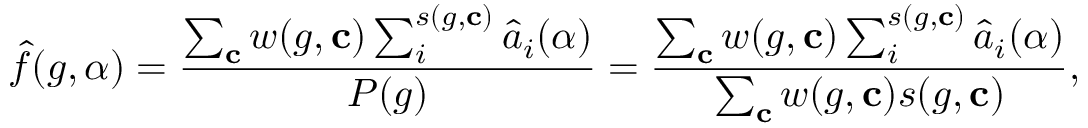
\hat { f } ( g , \alpha ) = \frac { \sum _ { \mathbf { c } } w ( g , \mathbf { c } ) \sum _ { i } ^ { s ( g , \mathbf { c } ) } \hat { a } _ { i } ( \alpha ) } { P ( g ) } = \frac { \sum _ { \mathbf { c } } w ( g , \mathbf { c } ) \sum _ { i } ^ { s ( g , \mathbf { c } ) } \hat { a } _ { i } ( \alpha ) } { \sum _ { \mathbf { c } } w ( g , \mathbf { c } ) s ( g , \mathbf { c } ) } ,